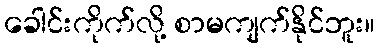
ခေါင်းကိုက်လို့ စာမကျက်နိုင်ဘူး။